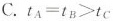
C. t_{A}=t_{B}>t_{C}